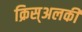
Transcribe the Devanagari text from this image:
क्रिस्अलकी